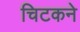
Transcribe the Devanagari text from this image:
चिटकने